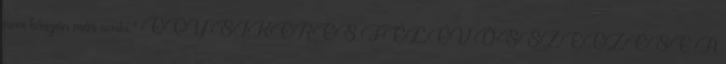
nem köszön már senki.” EGY SIKERES FÉLÉV ÖSSZEGZÉSE A